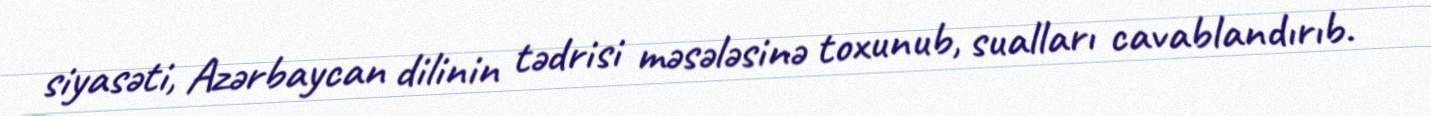
siyasəti, Azərbaycan dilinin tədrisi məsələsinə toxunub, sualları cavablandırıb.